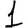
Digit: 1